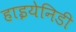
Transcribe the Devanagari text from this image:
हाइयेनिडी